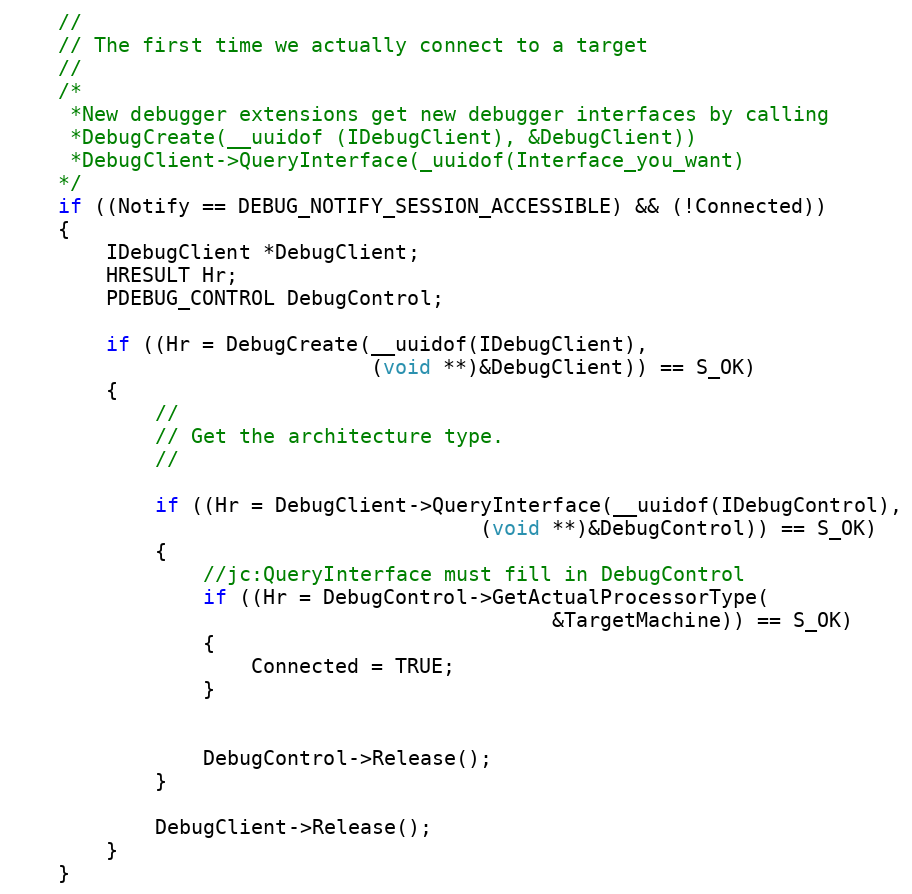
Language: C++
    //
    // The first time we actually connect to a target
    //
	/*
	 *New debugger extensions get new debugger interfaces by calling
	 *DebugCreate(__uuidof (IDebugClient), &DebugClient))
	 *DebugClient->QueryInterface(_uuidof(Interface_you_want)
	*/
    if ((Notify == DEBUG_NOTIFY_SESSION_ACCESSIBLE) && (!Connected))
    {
        IDebugClient *DebugClient;
        HRESULT Hr;
        PDEBUG_CONTROL DebugControl;

        if ((Hr = DebugCreate(__uuidof(IDebugClient),
                              (void **)&DebugClient)) == S_OK)
        {
            //
            // Get the architecture type.
            //

            if ((Hr = DebugClient->QueryInterface(__uuidof(IDebugControl),
                                       (void **)&DebugControl)) == S_OK)
            {
				//jc:QueryInterface must fill in DebugControl
                if ((Hr = DebugControl->GetActualProcessorType(
                                             &TargetMachine)) == S_OK)
                {
                    Connected = TRUE;
                }

                DebugControl->Release();
            }

            DebugClient->Release();
        }
    }